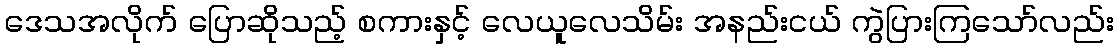
ဒေသအလိုက် ပြောဆိုသည့် စကားနှင့် လေယူလေသိမ်း အနည်းငယ် ကွဲပြားကြသော်လည်း